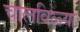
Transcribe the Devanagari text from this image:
चालविळ्या